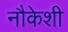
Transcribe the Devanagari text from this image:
नौकेशी